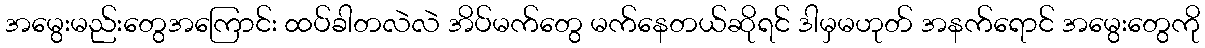
အမွေးမည်းတွေအကြောင်း ထပ်ခါတလဲလဲ အိပ်မက်တွေ မက်နေတယ်ဆိုရင် ဒါမှမဟုတ် အနက်ရောင် အမွေးတွေကို